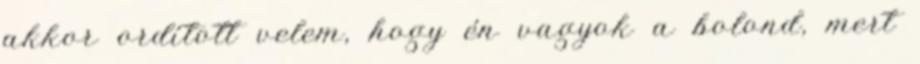
akkor ordított velem, hogy én vagyok a bolond, mert